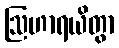
ဩဟာရယိတွာ